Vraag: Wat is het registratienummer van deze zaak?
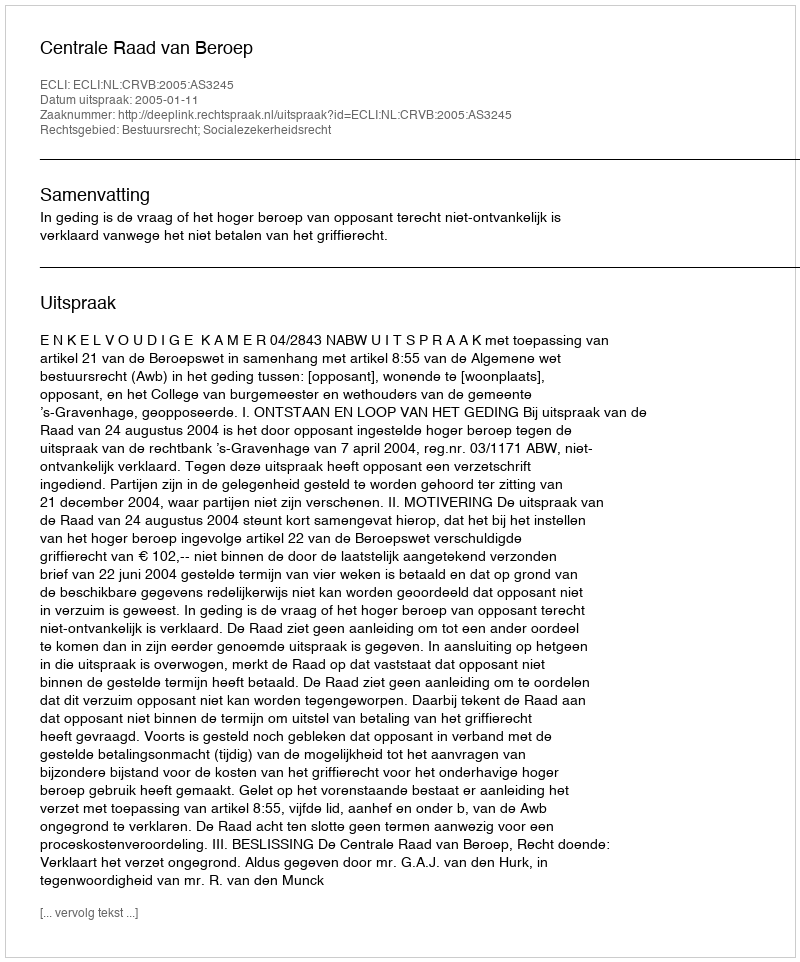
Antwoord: http://deeplink.rechtspraak.nl/uitspraak?id=ECLI:NL:CRVB:2005:AS3245